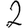
Digit: 2